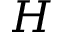
H